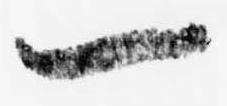
一